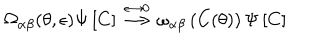
\Omega _ { \alpha \beta } ( \theta , \epsilon ) \Psi \left[ C \right] \stackrel { \epsilon \rightarrow 0 } { \longrightarrow } \omega _ { \alpha \beta } \left( C ( \theta ) \right) \Psi \left[ C \right]